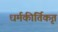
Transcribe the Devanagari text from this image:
धर्मकीर्तिकृत